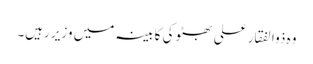
وہ ذوالفقار علی بھٹو کی کابینہ میں وزیر رہیں۔